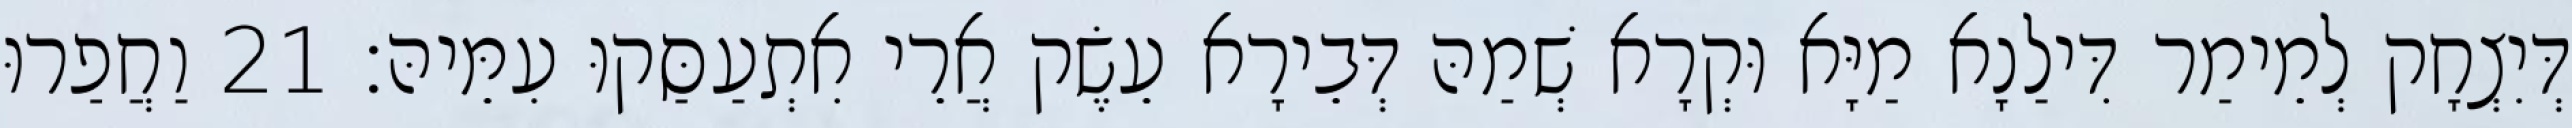
דְּיִצְחָק לְמֵימַר דִּילַנָא מַיָּא וּקְרָא שְׁמַהּ דְּבֵירָא עֵשֶׂק אֲרֵי אִתְעַסַּקוּ עִמֵּיהּ׃ 21 וַחֲפַרוּ